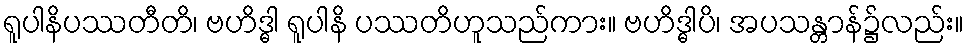
ရူပါနိပဿတီတိ၊ ဗဟိဒ္ဓါ ရူပါနိ ပဿတိဟူသည်ကား။ ဗဟိဒ္ဓါပိ၊ အပသန္တာန်၌လည်း။